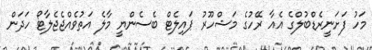
މަހު ފަށަނީރެޑްބުލްގެ އެއާ ރޭހުގެ މަޝްހޫރު ޕައިލެޓް ބެސެންޔީ މާލެ އަތުވެއްޖެޖެލާޓޯ ހަދަން